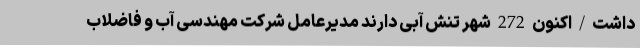
داشت/اکنون 272 شهر تنش آبی دارند مدیرعامل شرکت مهندسی آب و فاضلاب